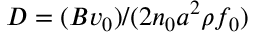
D = ( B v _ { 0 } ) / ( 2 n _ { 0 } a ^ { 2 } \rho f _ { 0 } )